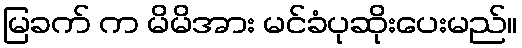
မြခက် က မိမိအား မင်ခံပုဆိုးပေးမည်။